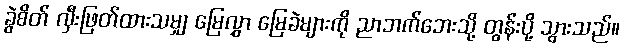
ခွဲစိတ် လှီးဖြတ်ထားသမျှ မြေလွှာ မြေခဲများကို ညာဘက်ဘေးသို့ တွန်းပို့ သွားသည်။